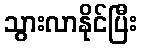
သွားလာနိုင်ပြီး